Civil Veterinary Department Bengal reports 1933-51 - 1933-1951
Year: 1933
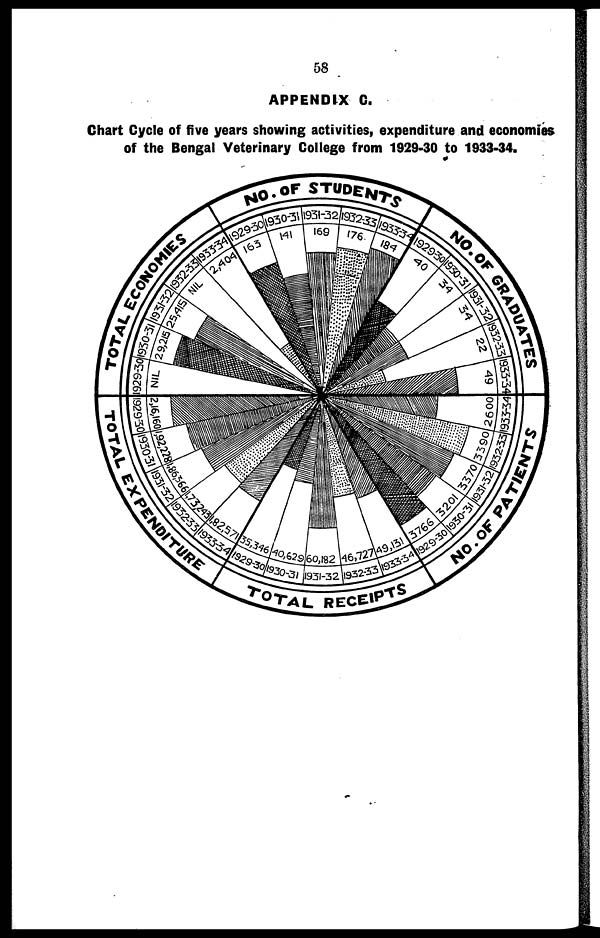
58
APPENDIX G.
Chart Cycle of five years showing activities, expenditure and economies
of the Bengal Veterinary College from 1929-30 to 1933-34.